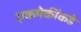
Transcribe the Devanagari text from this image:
एकमेकींकडे